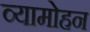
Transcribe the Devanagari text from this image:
व्यामोहन